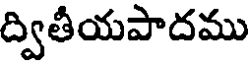
ద్వితీయపాదము